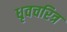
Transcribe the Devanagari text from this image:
धृवचरित्र